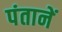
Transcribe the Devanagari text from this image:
पंतानें